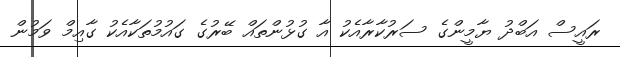
ރައީސް އަބްދު ޔާމީންގެ ސަރުކާރާއެކު އާ ގުޅުންތައް ބޭރުގެ ގައުމުތަކާއެކު ގާއިމް ވަމުން